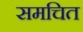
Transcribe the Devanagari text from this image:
समचित